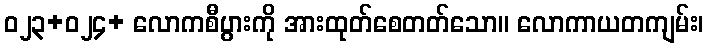
ဝ၂၃+ဝ၂၄+ လောကစီပွားကို အားထုတ်စေတတ်သော။ လောကာယတကျမ်း၊